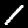
Digit: 1